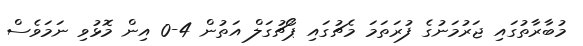
މުބާރާތުގައި ޖަރުމަނުގެ ފުރަތަމަ މެޗުގައި ޕޯޗުގަލް އަތުން 4-0 އިން މޮޅުވި ނަމަވެސް